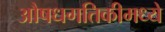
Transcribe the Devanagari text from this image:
औषधगतिकीमध्ये